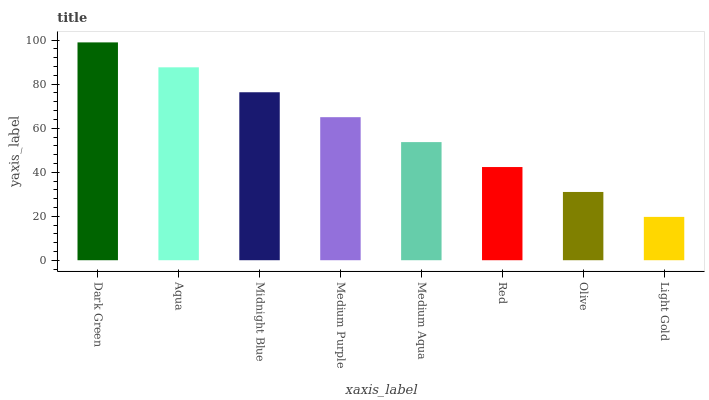
| xaxis_label | bars |
 | --- | --- |
 | Dark Green | 99 |
 | Aqua | 87.7 |
 | Midnight Blue | 76.3 |
 | Medium Purple | 65 |
 | Medium Aqua | 53.7 |
 | Red | 42.4 |
 | Olive | 31 |
 | Light Gold | 19.7 |